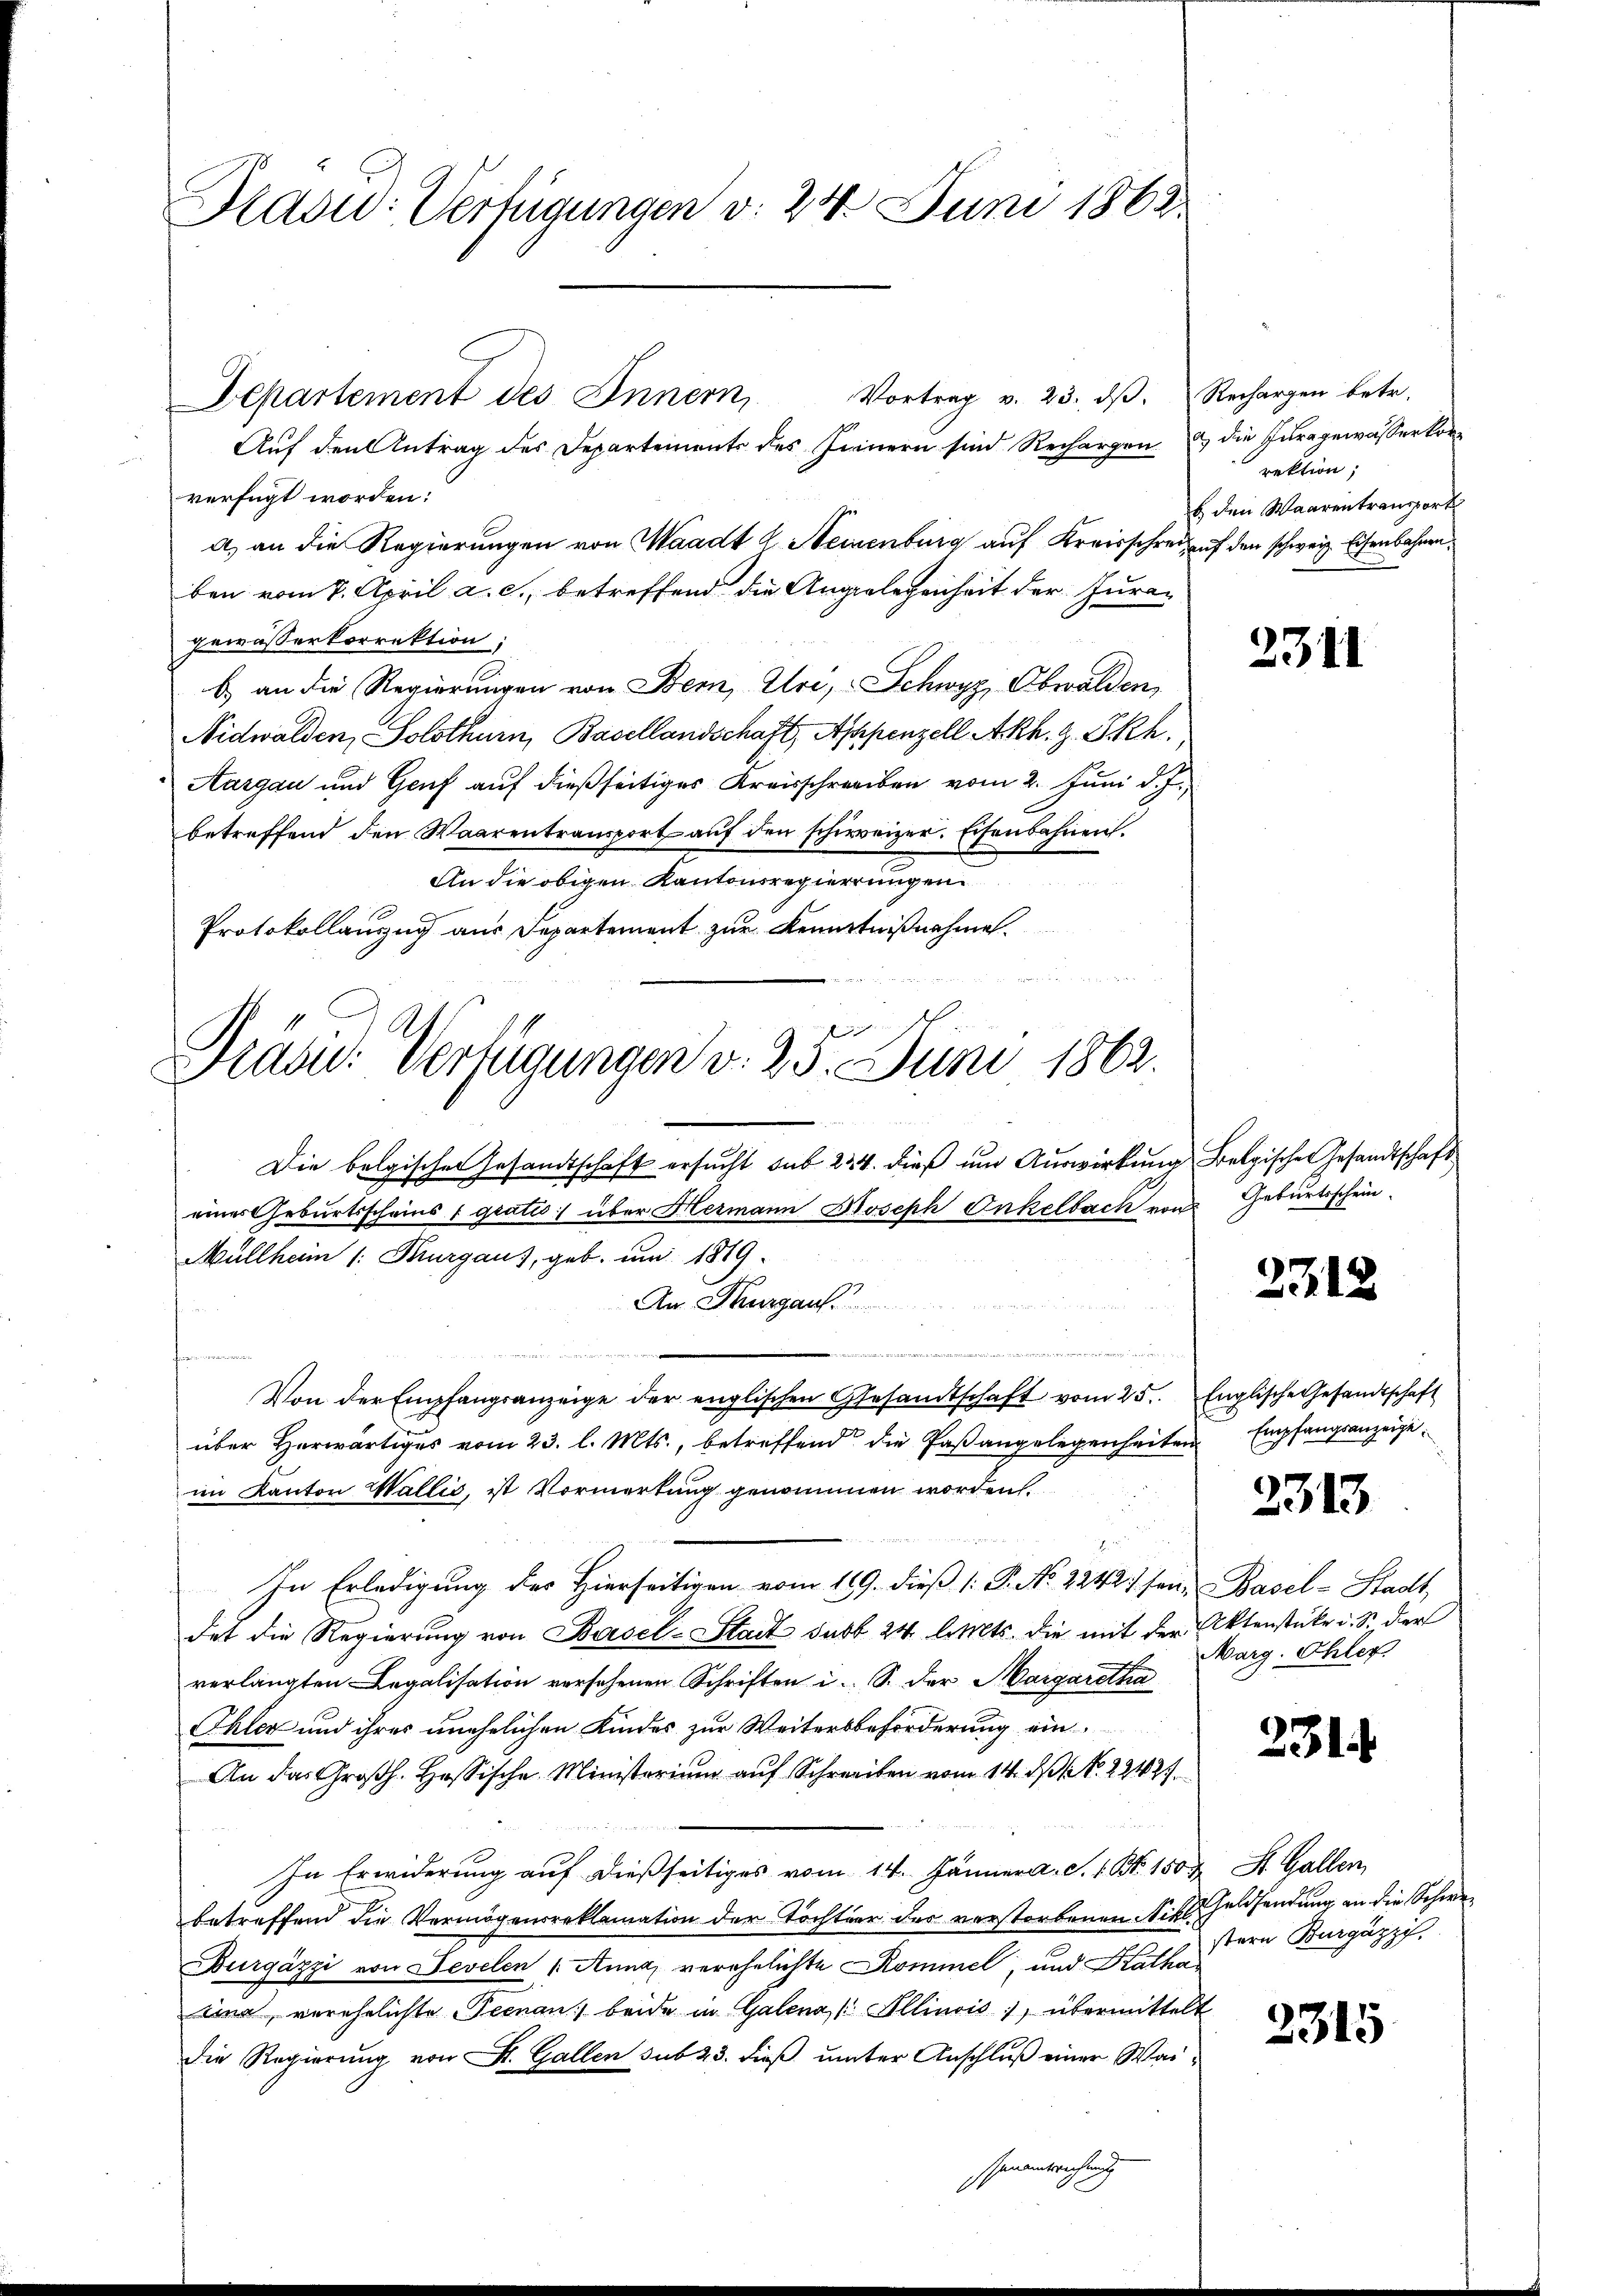
Hradid: Verfügungen v. 24. Juni 1862.

Aŭf den Antrag des Departements des Innern sind Rechargen & die Juragewasserkorverfügt worden:
a) an die Regierungen von Waadt L. Meinenburg auf Kreisschreiz auf den schweiz. Eisenbahnen,
ben vom 7. April a. c., betreffend die Angelegenheit der Jura-
gewässerkorrektion:
b) an die Regierungen von Bern, Uri, Schwyz, Obwalden,
Nidwalden, Solothurn, Basellandschaft, Appenzell Akh. z. Skh.
Aargau und Genf auf dießseitiges Kreisschreiben vom 2. Juni d. J.
betreffend den Waarentransport auf den schweizer. Eisenbahnen.
An die obigen Kantonsregierungen
Protokollanzug aus Departement zur Kenntnißnahme.
eier d

Vortrag v. 23. dβ. Rechargen betr.
Departement des Innern,

Frau. Verfügungen v. 25. Juni 1863.

Die belgischen Gesandtschaft ersucht sub 234. dieß um Auswirkung Belgische Gesandtschaft
eines Geburtsscheins 1 gratis über Hermann Joseph Onkelbach von Geburtsschein
Müllheim /: Kurgaus, geb. um 1819.
An Thurgau
und
Von der Empfangsanzeige der englischen Gesandtschaft vom 25. Englische Gesandtschaft
über Herwärtiges vom 23. l. Mts., betreffend die Paßangelegenheiten Empfangsanzeigeim Kanton Wallis, ist Vormerkung genommen worden.
22
a
In Erledigung des Hierseitigen vom 169. dieß (: P. No 1242) sei, Basel-Stadt,
det die Regierung von Basel-Stadt sub 24 litts. die mit der Aktenstücke u. S. der
verlangten Legalisation versehenen Schriften i. S. der Margaretha
Ehler und ihres unehelichen Kindes zur Weitersbeförderung ein¬
An das Groβh. Hassische Ministerium aŭf Schreiben vom 14. dβ NNo. 22427.
In Erwiderung auf dießseitiges vom 14. Jänner a. S. 1. Br. 150 & St. Gallen,
betreffend die Vermögensreklamation der Tochter des verstorbenen Sihl Geldsendung an die Schwer¬
Durgäzzi von Sevelen   Anna, verehelichte Kommel, und Katha
sina, verehelichte einan, beide in Galena / Illinois), übermittelt
die Regierung von St. Gallen sub 23. dieß unter Anschluß einer Wai¬
Genantrechnung
6

rektion,
b. den Waarentransport

2311

2212

2313

Marg. Ohler

2314

stern Burgázzi.

2315